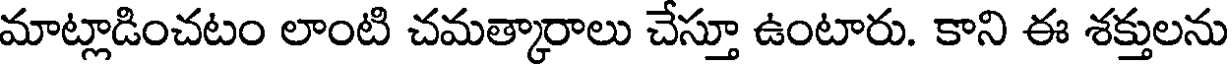
మాట్లాడించటం లాంటి చమత్కారాలు చేస్తూ ఉంటారు. కాని ఈ శక్తులను